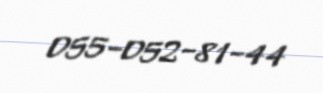
055-052-81-44